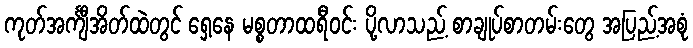
ကုတ်အင်္ကျီအိတ်ထဲတွင် ရှေ့နေ မစ္စတာထရီဝင်း ပို့လာသည့် စာချုပ်စာတမ်းတွေ အပြည့်အစုံ